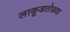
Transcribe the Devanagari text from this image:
लाकूडतोडया